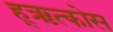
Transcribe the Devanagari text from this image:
ह्ऋत्कोस